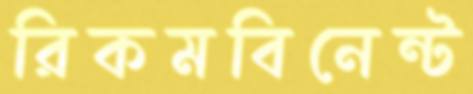
রিকমবিনেন্ট